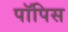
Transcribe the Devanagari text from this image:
पॉपिस